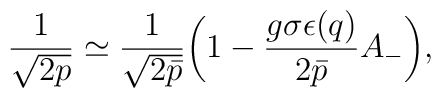
\frac{1}{\sqrt{2p}} \simeq \frac{1}{\sqrt{2\bar{p}}}\bigg( 1 -\frac{g\sigma\epsilon(q)}{2\bar{p}}A_- \bigg),